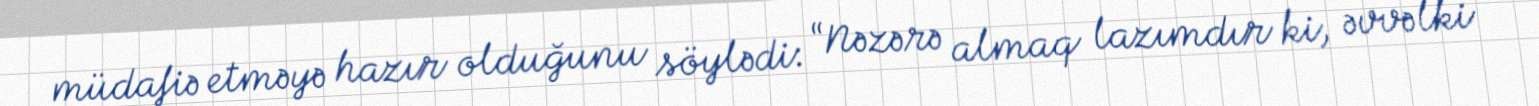
müdafiə etməyə hazır olduğunu söylədi: “Nəzərə almaq lazımdır ki, əvvəlki